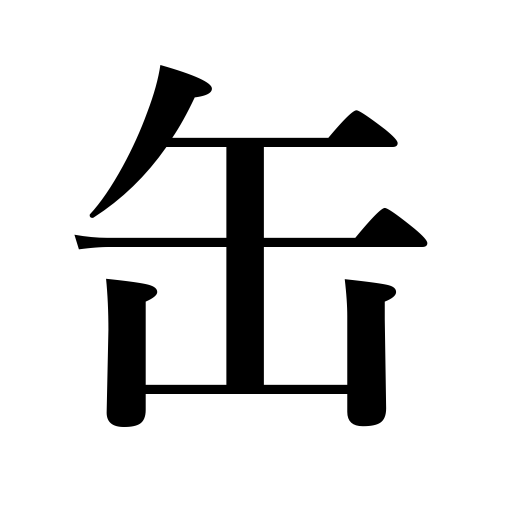
Meanings: can